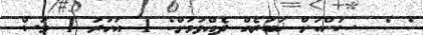
: :  ސަންއަށް ޚަބަރެއް ދެއްވުމަށް: 1 އަހަރު 1 މަސް